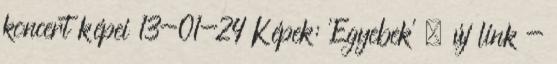
koncert képei 13-01-24 Képek: 'Egyebek' » új link -